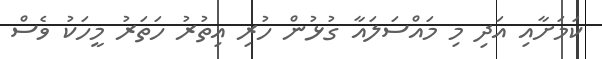
ކަމަށާއި އަދި މި މައްސަލައާ ގުޅުން ހުރި އިތުރު ހަތަރު މީހަކު ވެސް